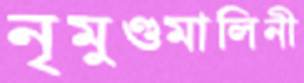
নৃমুণ্ডমালিনী